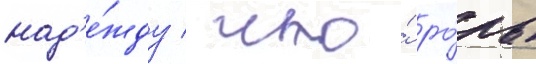
над'е́жду / что́ ро́ль